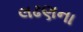
લઢણના